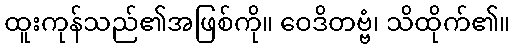
ထူးကုန်သည်၏အဖြစ်ကို။ ဝေဒိတဗ္ဗံ၊ သိထိုက်၏။